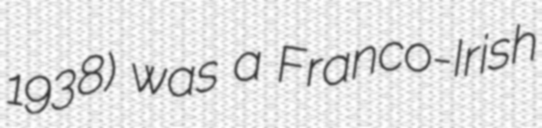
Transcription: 1938) was a Franco-Irish